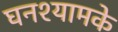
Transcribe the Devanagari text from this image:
घनश्यामके